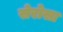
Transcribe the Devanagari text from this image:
सेरोसा